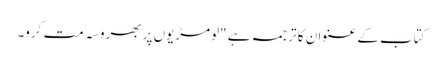
کتاب کے عنوان کا ترجمہ ہے "لومڑیوں پر بھروسہ مت کرو۔